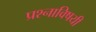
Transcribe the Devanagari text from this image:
प्रश्नाविषयी